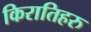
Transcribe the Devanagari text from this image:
किरातिहरु